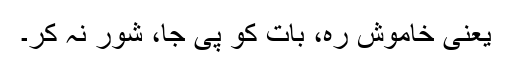
یعنی خاموش رہ، بات کو پی جا، شور نہ کر۔